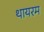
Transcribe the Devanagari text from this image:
थायरम